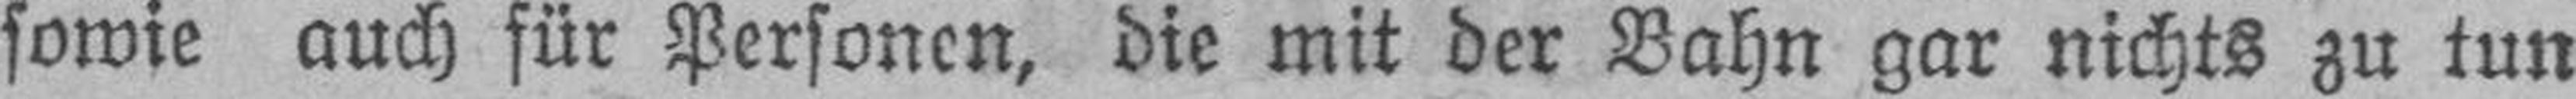
sowie auch für Personen, die mit der Bahn gar nichts zu tun